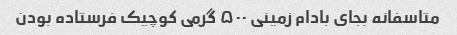
متاسفانه بجای بادام زمینی ۵۰۰ گرمی کوچیک فرستاده بودن